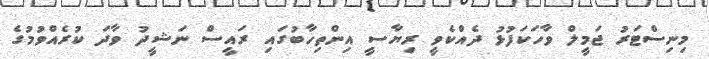
މިނިސްޓަރު ޖަމީލް ވާހަކަފުޅު ދެއްކެވީ ރިޔާސީ އިންތިހާބުގައި ރައީސް ނަޝީދު ވާދަ ކުރެއްވުމުގެ